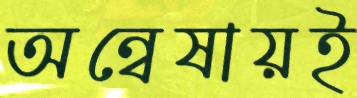
অন্বেষায়ই